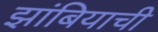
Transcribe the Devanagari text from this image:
झांबियाची